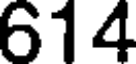
614